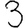
Digit: 3